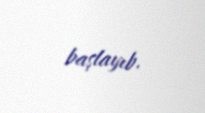
başlayıb.